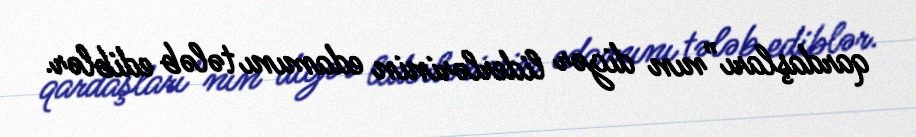
qardaşları”nın digər liderlərinin edamını tələb ediblər.